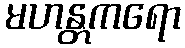
မဟန္တကရော